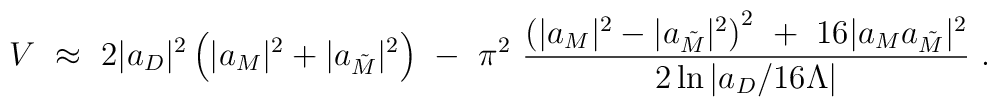
V\ \approx\ 2 |a_D|^2 \left(|a_M|^2 + |a_{\tilde M}|^2\right) \ -\ \pi^2 \ { \left(|a_M|^2 - |a_{\tilde M}|^2\right)^2  \ +\ 16 |a_M a_{\tilde M}|^2 \over 2\ln{|a_D/16\Lambda|} }\ .